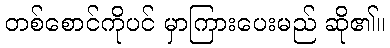
တစ်စောင်ကိုပင် မှာကြားပေးမည် ဆို၏။